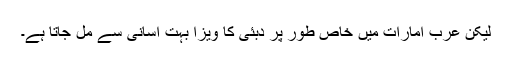
لیکن عرب امارات میں خاص طور پر دبئی کا ویزا بہت آسانی سے مل جاتا ہے۔